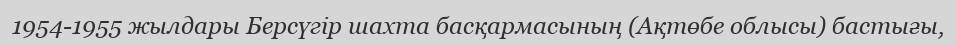
1954-1955 жылдары Берсүгір шахта басқармасының (Ақтөбе облысы) бастығы,